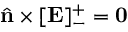
\hat { \mathbf { n } } \times [ \mathbf { E } ] _ { - } ^ { + } = \mathbf { 0 }